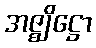
အဇ္ဈိဋ္ဌော